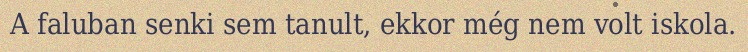
A faluban senki sem tanult, ekkor még nem volt iskola.